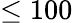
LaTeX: \leq 100